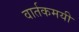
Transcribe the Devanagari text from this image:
वार्तकमयी